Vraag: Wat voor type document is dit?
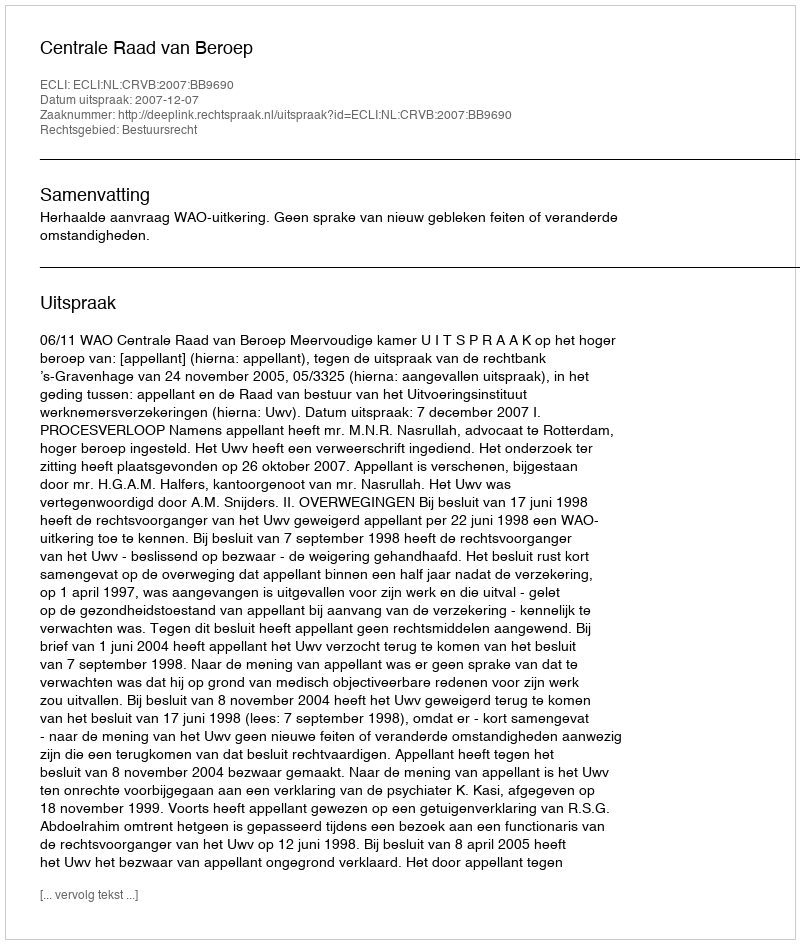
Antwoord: Uitspraak